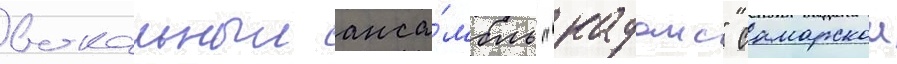
вокальныи анса́мбль "каданс" самарскои